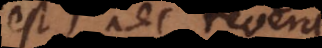
est) nec revera